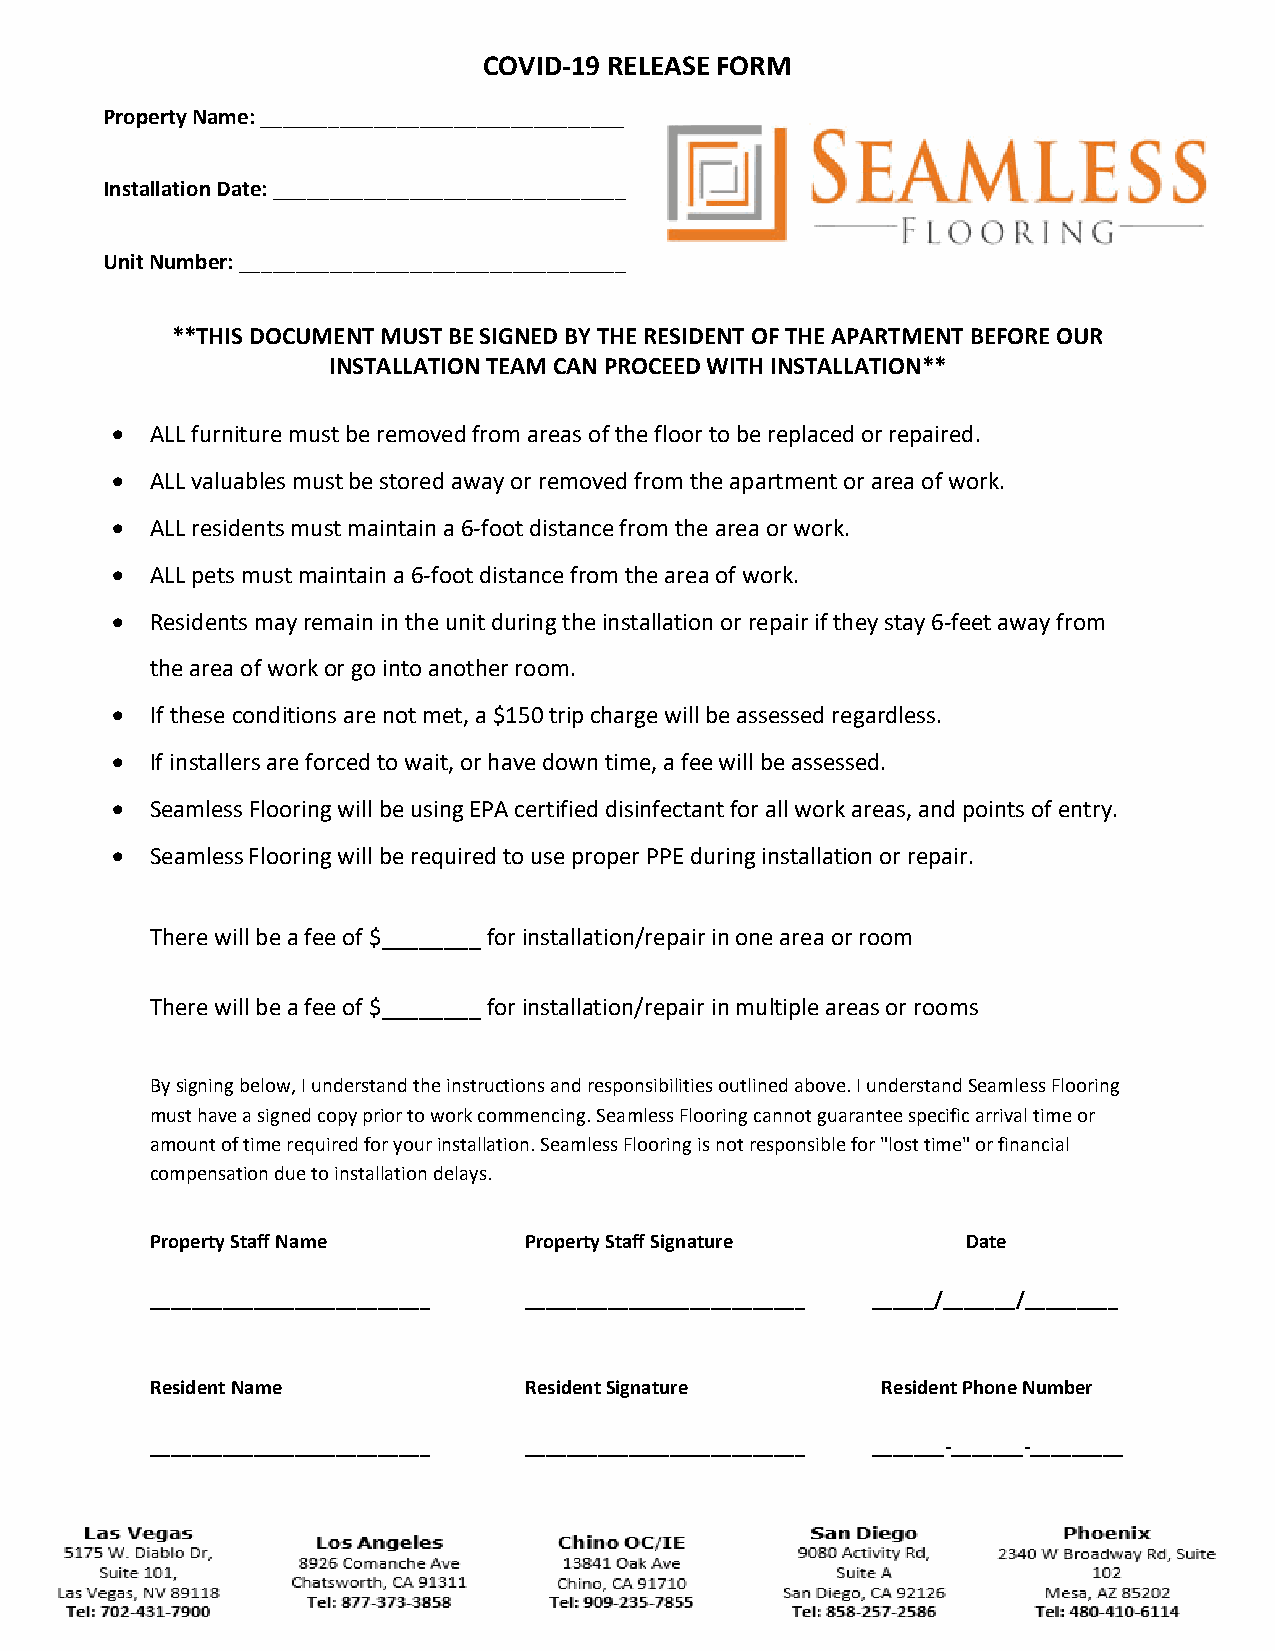
COVID-19 RELEASE FORM
 Property Name: ________________________________
 Installation Date: _______________________________
 Unit Number: __________________________________
 **THIS DOCUMENT MUST BE SIGNED BY THE RESIDENT OF THE APARTMENT BEFORE OUR
 INSTALLATION TEAM CAN PROCEED WITH INSTALLATION**
 •  ALL furniture must be removed from areas of the floor to be replaced or repaired.
 •  ALL valuables must be stored away or removed from the apartment or area of work.
 •  ALL residents must maintain a 6-foot distance from the area or work.
 •  ALL pets must maintain a 6-foot distance from the area of work.
 •  Residents may remain in the unit during the installation or repair if they stay 6-feet away from
 the area of work or go into another room.
 •  If these conditions are not met, a $150 trip charge will be assessed regardless.
 •  If installers are forced to wait, or have down time, a fee will be assessed.
 •  Seamless Flooring will be using EPA certified disinfectant for all work areas, and points of entry.
 •  Seamless Flooring will be required to use proper PPE during installation or repair.
 There will be a fee of $________ for installation/repair in one area or room
 There will be a fee of $________ for installation/repair in multiple areas or rooms
 By signing below, I understand the instructions and responsibilities outlined above. I understand Seamless Flooring
 must have a signed copy prior to work commencing. Seamless Flooring cannot guarantee specific arrival time or
 amount of time required for your installation. Seamless Flooring is not responsible for "lost time" or financial
 compensation due to installation delays.
 Property Staff Name      Property Staff Signature     Date
 ___________________________ ___________________________ ______/_______/_________
 Resident Name            Resident Signature     Resident Phone Number
 ___________________________ ___________________________ _______-_______-_________